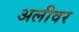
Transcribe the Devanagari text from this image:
अलीवर